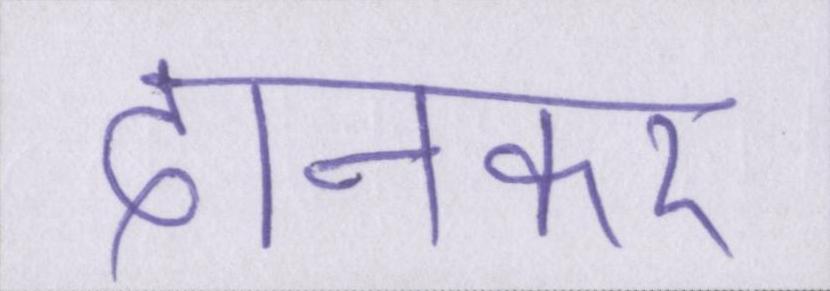
दानकर